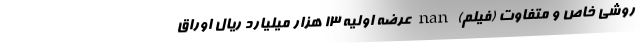
روشی خاص و متفاوت (فیلم) nan عرضه اولیه ۱۳ هزار میلیارد ریال اوراق